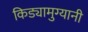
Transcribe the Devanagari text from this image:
किड्यामुग्यानी